Indian journal of veterinary science and animal husbandry - Volume 3,
Year: 1933
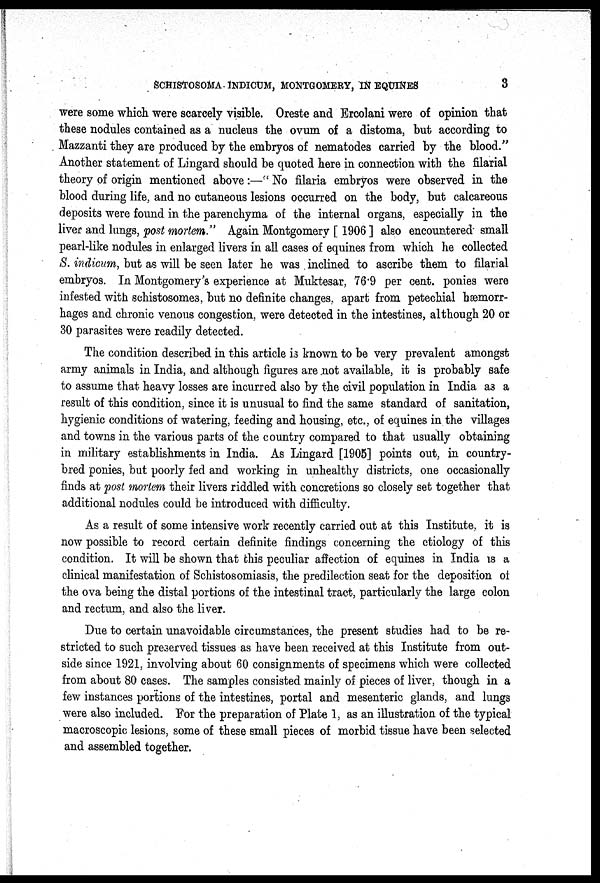
SCHISTOSOMA INDICUM, MONTGOMERY, IN EQUINES
3
were some which were scarcely visible. Oreste and Ercolani were of opinion that
these nodules contained as a nucleus the ovum of a distoma, but according to
Mazzanti they are produced by the embryos of nematodes carried by the blood."
Another statement of Lingard should be quoted here in connection with the filarial
theory of origin mentioned above:—" No filaria embryos were observed in the
blood during life, and no cutaneous lesions occurred on the body, but calcareous
deposits were found in the parenchyma of the internal organs, especially in the
liver and lungs, post mortem." Again Montgomery [ 1906 ] also encountered small
pearl-like nodules in enlarged livers in all cases of equines from which he collected
S. indicum, but as will be seen later he was inclined to ascribe them to filarial
embryos. In Montgomery's experience at Muktesar, 76.9 per cent. ponies were
infested with schistosomes, but no definite changes, apart from petechial hæmorr-
hages and chronic venous congestion, were detected in the intestines, although 20 or
30 parasites were readily detected.
The condition described in this article is known to be very prevalent amongst
army animals in India, and although figures are not available, it is probably safe
to assume that heavy losses are incurred also by the civil population in India as a
result of this condition, since it is unusual to find the same standard of sanitation,
hygienic conditions of watering, feeding and housing, etc., of equines in the villages
and towns in the various parts of the country compared to that usually obtaining
in military establishments in India. As Lingard [1905] points out, in country-
bred ponies, but poorly fed and working in unhealthy districts, one occasionally
finds at post mortem their livers riddled with concretions so closely set together that
additional nodules could be introduced with difficulty.
As a result of some intensive work recently carried out at this Institute, it is
now possible to record certain definite findings concerning the etiology of this
condition. It will be shown that this peculiar affection of equines in India is a
clinical manifestation of Schistosomiasis, the predilection seat for the deposition of
the ova being the distal portions of the intestinal tract, particularly the large colon
and rectum, and also the liver.
Due to certain unavoidable circumstances, the present studies had to be re-
stricted to such preserved tissues as have been received at this Institute from out-
side since 1921, involving about 60 consignments of specimens which were collected
from about 80 cases. The samples consisted mainly of pieces of liver, though in a
few instances portions of the intestines, portal and mesenteric glands, and lungs
were also included. For the preparation of Plate 1, as an illustration of the typical
macroscopic lesions, some of these small pieces of morbid tissue have been selected
and assembled together.